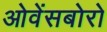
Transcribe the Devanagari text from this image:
ओवेंसबोरो